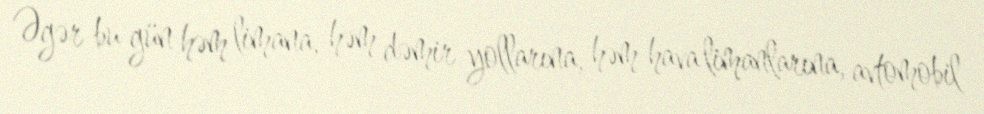
Əgər bu gün həm limana, həm dəmir yollarına, həm hava limanlarına, avtomobil